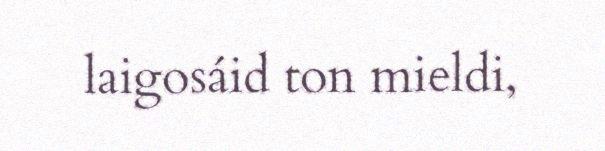
laigosáid ton mieldi,